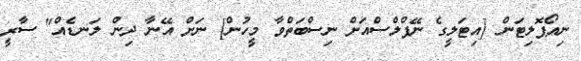
ނިއޯޕޮލިޓަން [އިޓަލީގެ ނޭޕްލްސްއަށް ނިސްބަތްވާ މީހުން] ނަށް އޭނާ ދިން ލަނޑެއް" ސާރީ